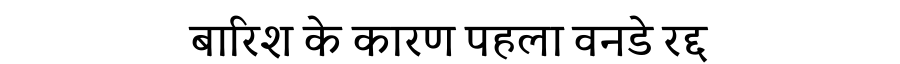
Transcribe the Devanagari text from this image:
बारिश के कारण पहला वनडे रद्द